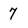
Character: 7